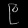
Digit: ၉